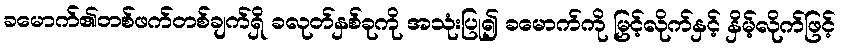
ခမောက်၏တစ်ဖက်တစ်ချက်ရှိ ခလုတ်နှစ်ခုကို အသုံးပြု၍ ခမောက်ကို မြှင့်လိုက်နှင့် နှိမ့်လိုက်ဖြင့်